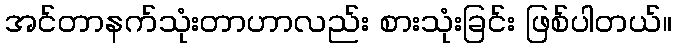
အင်တာနက်သုံးတာဟာလည်း စားသုံးခြင်း ဖြစ်ပါတယ်။